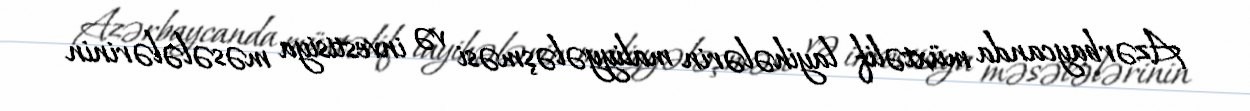
Azərbaycanda müxtəlif layihələrin maliyyələşməsi və investisiya məsələlərinin